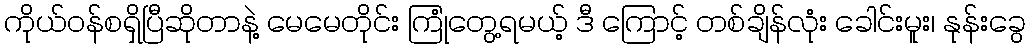
ကိုယ်ဝန်စရှိပြီဆိုတာနဲ့ မေမေတိုင်း ကြုံတွေ့ရမယ့် ဒီ ကြောင့် တစ်ချိန်လုံး ခေါင်းမူး၊ နုန်းခွေ